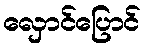
လှောင်ပြောင်